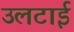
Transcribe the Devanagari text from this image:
उलटाई